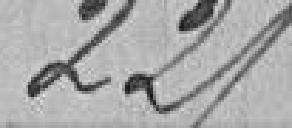
221